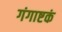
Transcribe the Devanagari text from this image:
गंगाष्टकं